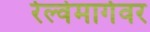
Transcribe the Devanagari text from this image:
रेल्वेमार्गवर